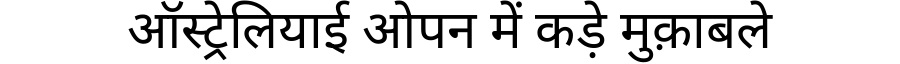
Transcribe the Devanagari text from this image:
ऑस्ट्रेलियाई ओपन में कड़े मुक़ाबले